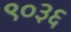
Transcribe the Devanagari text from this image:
९०३६